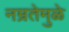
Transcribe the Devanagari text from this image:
नम्रतेमुळे